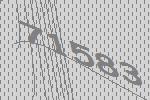
71583